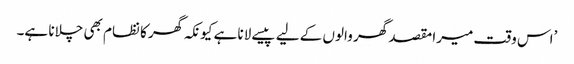
’اس وقت میرا مقصد گھر والوں کے لیے پیسے لانا ہے کیونکہ گھر کا نظام بھی چلانا ہے۔